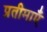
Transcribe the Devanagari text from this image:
प्रतीमाएँ